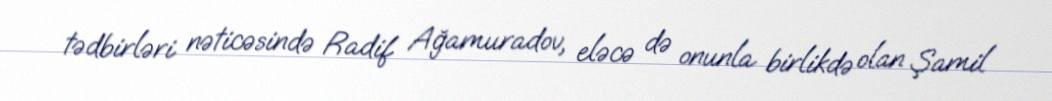
tədbirləri nəticəsində Radif Ağamuradov, eləcə də onunla birlikdə olan Şamil